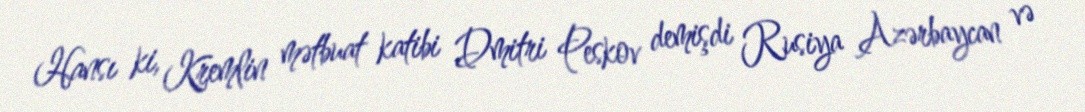
Hansı ki, Kremlin mətbuat katibi Dmitri Peskov demişdi Rusiya Azərbaycan və